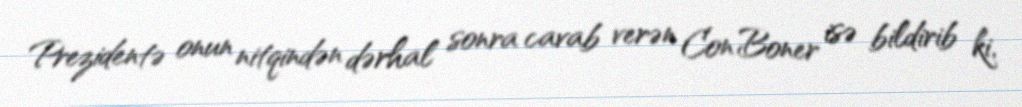
Prezidentə onun nitqindən dərhal sonra cavab verən Con Boner isə bildirib ki,